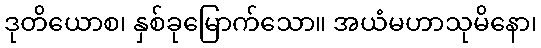
ဒုတိယောစ၊ နှစ်ခုမြောက်သော။ အယံမဟာသုမိနော၊